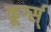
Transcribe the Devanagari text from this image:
कूर्ग्स्